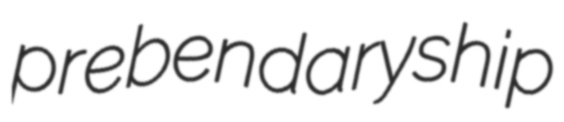
prebendaryship